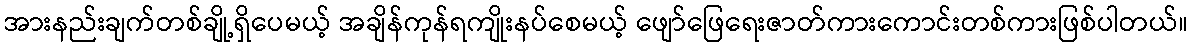
အားနည်းချက်တစ်ချို့ရှိပေမယ့် အချိန်ကုန်ရကျိုးနပ်စေမယ့် ဖျော်ဖြေရေးဇာတ်ကားကောင်းတစ်ကားဖြစ်ပါတယ်။